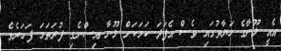
އެއީ ލޫނާގެ ހަޔާތުގައި ވެސް އެފަދަ ކަމަކަށް ލޫނާ އިސްނެގި ފުރަތަމަ ފަހަރެވެ.